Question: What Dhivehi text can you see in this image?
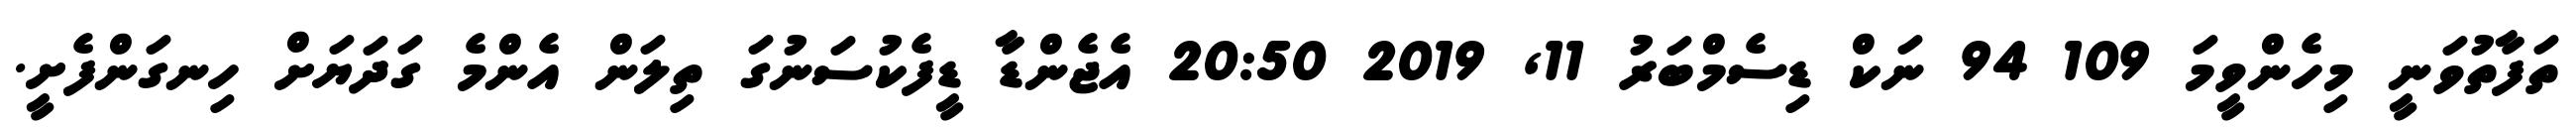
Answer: ތަފާތުވަނީ މިހެންވީމަ 109 94 ނަކް ޑިސެމްބަރު 11, 2019 20:50 އެޖެންޑާ ޑީފެކުސަނުގަ ތިލަން އެންމެ ގަދަޔަށް ހިނގަންފެށީ.